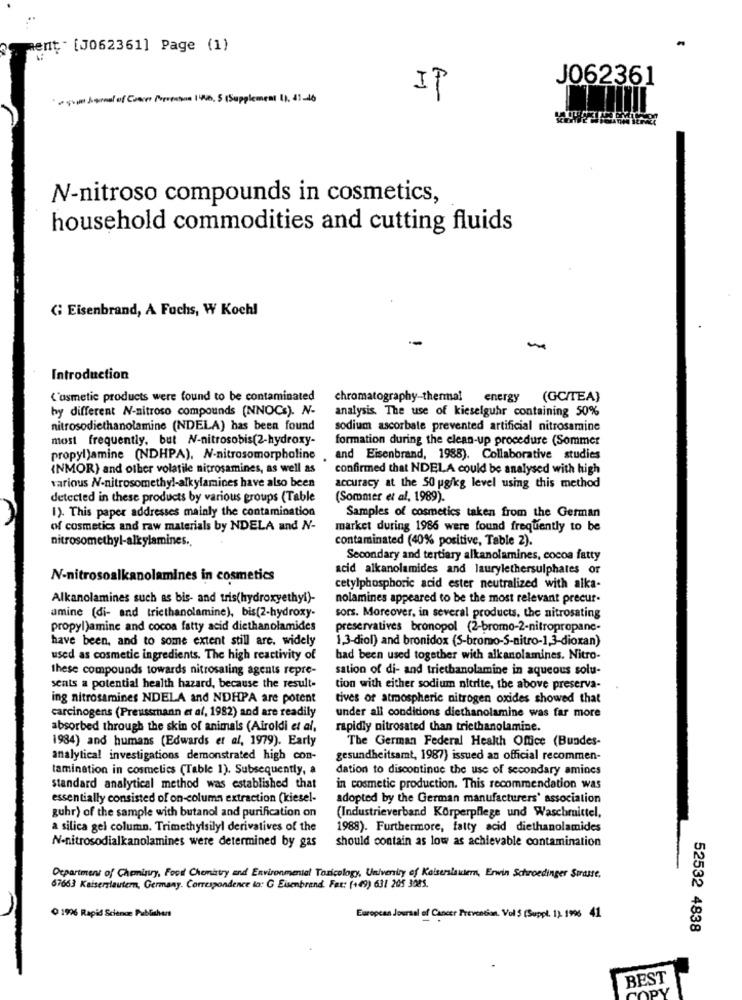
ment" [J062361] Page (1)
J062361
som Jornal of Cose Porestos 196, 5 (Supplement 1). 41-46
IP
N-nitroso compounds in cosmetics,
household commodities and cutting fluids
G Eisenbrand, A Fuchs, W Kochl
-
Introduction
('usmetic products were found to be contaminated
chromatography-thermal
energy
(GC/TEA)
by different N-nitroso compounds (NNOCs). N-
analysis. The use of kieselguhr containing 50%
nitrosodiethanolamine (NDELA) has been found
sodium ascorbate prevented artificial nitrosamine
most frequently, but N-nitrosobis(2-hydroxy-
formation during the clean-up procedure (Sommer
propyl)amine (NDHPA), N-nitrosomorpholine , and Eisenbrand, 1988). Collaborative studies
(NMOR) and other volatile nitrosamines, as well as
confirmed that NDELA could be analysed with high
various N-nitrosomethyl-alkylamines have also been
accuracy at the 50 ug/kg level using this method
detected in these products by various groups (Table
(Sommer et al, 1989).
1). This paper addresses mainly the contamination
Samples of cosmetics taken from the German
of cosmetics and raw materials by NDELA and N-
market during 1986 were found frequently to be
nitrosomethyl-alkylamines.
contaminated (40% positive, Table 2).
Secondary and tertiary alkanolamines, cocoa fatty
acid alkanolamides and laurylethersulphates or
N-nitrosoalkanolamines in cosmetics
cetylphosphoric acid ester neutralized with alka-
Alkanolamines such as bis- and tris(hydroxyethyl)-
nolamines appeared to be the most relevant precur-
amine (di- and triethanolamine), bis(2-hydroxy-
sors. Moreover, in several products, the nitrosating
propyl)amine and cocoa fatty acid diethanolamides
preservatives bronopol (2-bromo-2-nitropropane-
have been, and to some extent still are. widely
1,3-diol) and bronidox (S-bromo-S-nitro-1,3-dioxan)
used as cosmetic ingredients. The high reactivity of
bad been used together with alkanolamines. Nitro-
these compounds towards nitrosaling agents repre-
sation of di- and triethanolamine in aqueous solu-
sents a potential health hazard, because the result-
tion with either sodium nitrite, the above preserva-
ing nitrosamines NDELA and NDHPA are potent
tives of atmospheric nitrogen oxides showed that
carcinogens (Preussmann et al, 1982) and are readily
under all conditions diethanolamine was far more
absorbed through the skin of animals (Airoldi et al,
rapidly nitrosated than triethanolamine.
1984) and humans (Edwards et al, 1979). Early
The German Federal Health Office (Bundes-
analytical investigations demonstrated high con-
gesundheitsamt, 1987) issued an official recommen-
tamination in cosmetics (Table 1). Subsequently, a
dation to discontinue the use of secondary amines
standard analytical method was established that
in cosmetic production. This recommendation was
essentially consisted of on-column extraction (kiesel-
adopted by the German manufacturers' association
guhr) of the sample with butanol and purification on
(Industrieverband Körperpflege und Waschmittel,
a silica gel column. Trimethylsilyl derivatives of the
1988). Furthermore, fatty acid diethanolamides
N-nitrosodialkanolamines were determined by gas
should contain as low as achievable contamination
Ocpartment of Cheminry, Fovil Chematry and Environmental Toxicology, University of Kaiserslautern, Erwin Schroedinger Smasse.
67663 Kaiserslautern, Germany. Correspondence lo: G Eisenbrand. Fax: (+49) 631 205 3085.
O 1996 Rapid Science Publishers
European Journal of Cancer Prevention. Vol 5 (Suppl. 1) 1996 41
52532 4838
BEST
DV